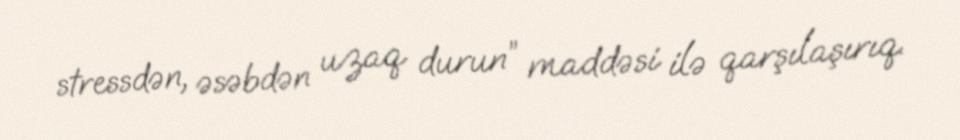
stressdən, əsəbdən uzaq durun” maddəsi ilə qarşılaşırıq.